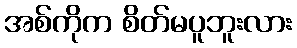
အစ်ကိုက စိတ်မပူဘူးလား